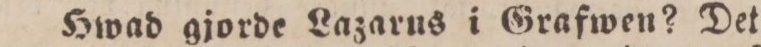
Hwad gjorde Lazarus i Grafwen? Det